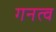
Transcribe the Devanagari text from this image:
गनत्व